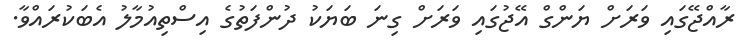
ރާއްޖޭގައި ވަރަށް ޔަންގް އޭޖުގައި ވަރަށް ގިނަ ބަޔަކު ދުންފަތުގެ އިސްތިއުމާލު އެބަކުރައްވާ.